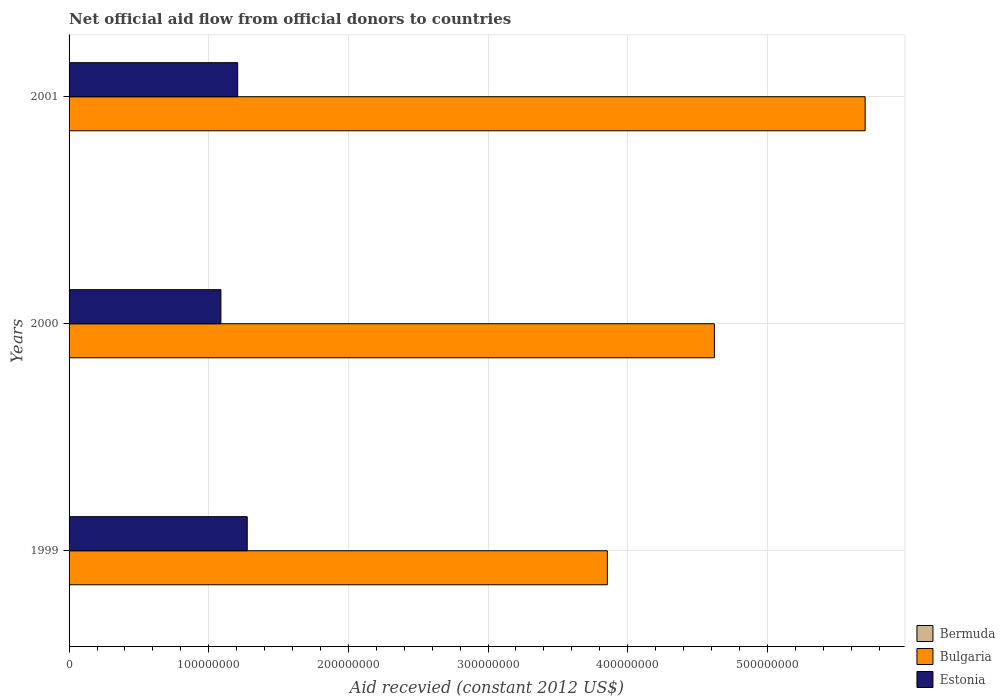
| Years | Bermuda | Bulgaria | Estonia |
 | --- | --- | --- | --- |
 | 1999 | 1.3e+05 | 3.85e+08 | 1.28e+08 |
 | 2000 | 1.1e+05 | 4.62e+08 | 1.09e+08 |
 | 2001 | 4e+04 | 5.7e+08 | 1.21e+08 |